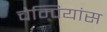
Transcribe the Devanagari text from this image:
चेम्पियांस